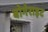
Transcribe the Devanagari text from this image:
बोगेराइट